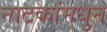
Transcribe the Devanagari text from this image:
नाटकांमधुन